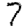
Digit: 7